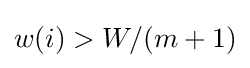
w(i)>W/(m+1)